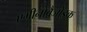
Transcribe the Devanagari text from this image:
एमीनोबैंजोइक